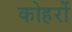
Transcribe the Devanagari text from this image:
कोहरों